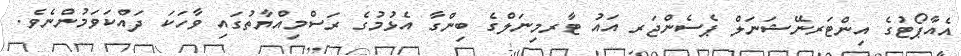
އެއާޕޯޓުގެ އިންޓަރނޭޝަނަލް ޕެސެންޖަރ އައު ޓާރމިނަލްގެ ބިންގާ އެޅުމުގެ ރަސްމިއްޔާތުގައި ވާހަކަ ދައްކަވަމުންނެވެ.